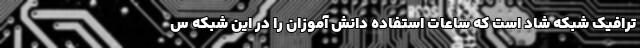
ترافیک شبکه شاد است که ساعات استفاده دانش آموزان را در این شبکه س